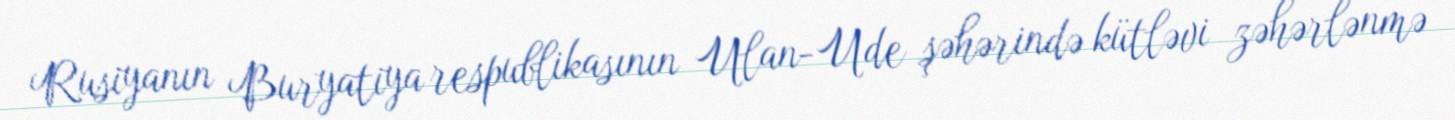
Rusiyanın Buryatiya respublikasının Ulan-Ude şəhərində kütləvi zəhərlənmə